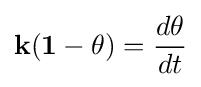
\mathbf {k(1-\theta )} ={\frac {d\theta }{dt}}